On the morphology, teratology, and diclinism of the flowers of cannabis - Number 12
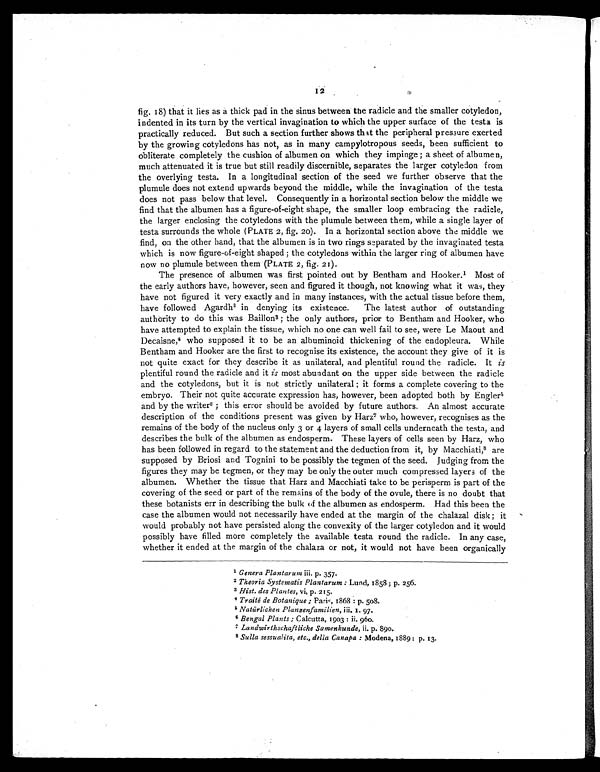
12
fig. 18) that it lies as a thick pad in the sinus between the radicle and the smaller cotyledon,
indented in its turn by the vertical invagination to which the upper surface of the testa is
practically reduced. But such a section further shows that the peripheral pressure exerted
by the growing cotyledons has not, as in many campylotropous seeds, been sufficient to
obliterate completely the cushion of albumen on which they impinge ; a sheet of albumen,
much attenuated it is true but still readily discernible, separates the larger cotyledon from
the overlying testa. In a longitudinal section of the seed we further observe that the
plumule does not extend upwards beyond the middle, while the invagination of the testa
does not pass below that level. Consequently in a horizontal section below the middle we
find that the albumen has a figure-of-eight shape, the smaller loop embracing the radicle,
the larger enclosing the cotyledons with the plumule between them, while a single layer of
testa surrounds the whole (PLATE 2, fig. 20). In a horizontal section above the middle we
find, on the other hand, that the albumen is in two rings separated by the invaginated testa
which is now figure-of-eight shaped ; the cotyledons within the larger ring of albumen have
now no plumule between them (PLATE 2, fig. 21).
The presence of albumen was first pointed out by Bentham and Hooker.1 Most of
the early authors have, however, seen and figured it though, not knowing what it was, they
have not figured it very exactly and in many instances, with the actual tissue before them,
have followed Agardh 2 in denying its existence. The latest author of outstanding
authority to do this was Baillon 3 ; the only authors, prior to Bentham and Hooker, who
have attempted to explain the tissue, which no one can well fail to see, were Le Maout and
Decaisne,4 who supposed it to be an albuminoid thickening of the endopleura. While
Bentham and Hooker are the first to recognise its existence, the account they give of it is
not quite exact for they describe it as unilateral, and plentiful round the radicle. It is
plentiful round the radicle and it is most abundant on the upper side between the radicle
and the cotyledons, but it is not strictly unilateral ; it forms a complete covering to the
embryo. Their not quite accurate expression has, however, been adopted both by Engler 5
and by the writer6 ; this error should be avoided by future authors. An almost accurate
description of the conditions present was given by Harz7 who, however, recognises as the
remains of the body of the nucleus only 3 or 4 layers of small cells underneath the testa, and
describes the bulk of the albumen as endosperm. These layers of cells seen by Harz, who
has been followed in regard to the statement and the deduction from it, by Macchiati, 8 are
supposed by Briosi and Tognini to be possibly the tegmen of the seed. Judging from the
figures they may be tegmen, or they may be only the outer much compressed layers of the
albumen. Whether the tissue that Harz and Macchiati take to be perisperm is part of the
covering of the seed or part of the remains of the body of the ovule, there is no doubt that
these botanists err in describing the bulk of the albumen as endosperm. Had this been the
case the albumen would not necessarily have ended at the margin of the chalazal disk ; it
would probably not have persisted along the convexity of the larger cotyledon and it would
possibly have filled more completely the available testa round the radicle. In any case,
whether it ended at the margin of the chalaza or not, it would not have been organically
1 Genera Plantarum iii. p. 357.
2 Theoria Systematis Plantarum : Lund, 1858 ; p. 256.
3 Hist. des Plantes, vi, p. 215.
4 Traité de Botanique ; Paris, 1868 : p. 508.
5 Natürlichen Plansenfamilien, iii. 1. 97
6 Bengal Plants ; Calcutta, 1903 :
ii. 960.
7 Landwirthschaftliche Samenkunde, ii. p. 890.
8 Sulla sessualita, etc., della Canapa : Modena, 1889: p. 13.